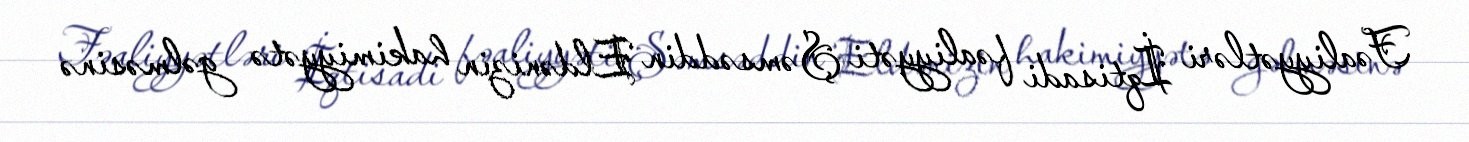
Fəaliyyətləri İqtisadi fəaliyyəti Şəmsəddin Eldənizin hakimiyyətə gəlməsinə